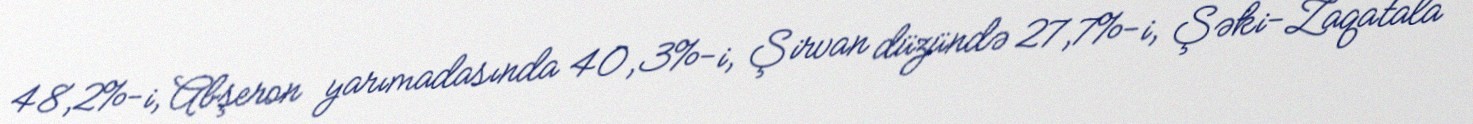
48,2%-i, Abşeron yarımadasında 40,3%-i, Şirvan düzündə 27,7%-i, Şəki-Zaqatala